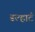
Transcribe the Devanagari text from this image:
डल्हार्ट